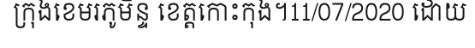
ក្រុងខេមរភូមិន្ទ ខេត្តកោះកុង។11/07/2020 ដោយ